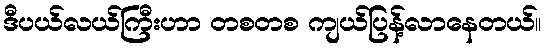
ဒီပယ်လယ်ကြီးဟာ တစတစ ကျယ်ပြန့်လာနေတယ်။